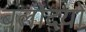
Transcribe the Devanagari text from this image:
बलोदयों